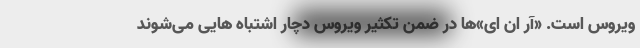
ویروس است. «آر ان ای»ها در ضمن تکثیر ویروس دچار اشتباه هایی می‌شوند